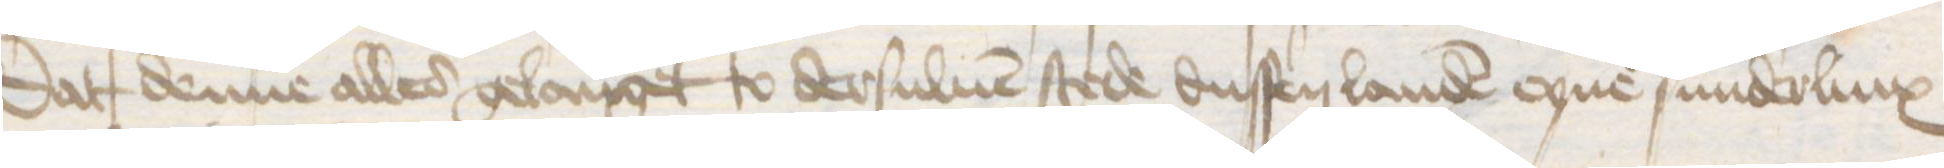
Dat denne alles gelanget to dersuluen stede dussen landen eyne sunderlinx